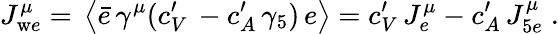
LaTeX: J_{\mathrm{w}e}^{\mu}=\, \left\langle\bar{e}\, \gamma^{\mu}(c_{V}^{\prime}\, -c_{A}^{\prime}\, \gamma_{5})\, e\right\rangle=c_{V}^{\prime}\, J_{e}^{\mu}-c_{A}^{\prime}\, J_{5e}^{\mu}\; .